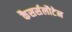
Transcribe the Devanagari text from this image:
कैसर्सलौटेन